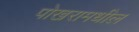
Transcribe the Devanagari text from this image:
पोखरामधील